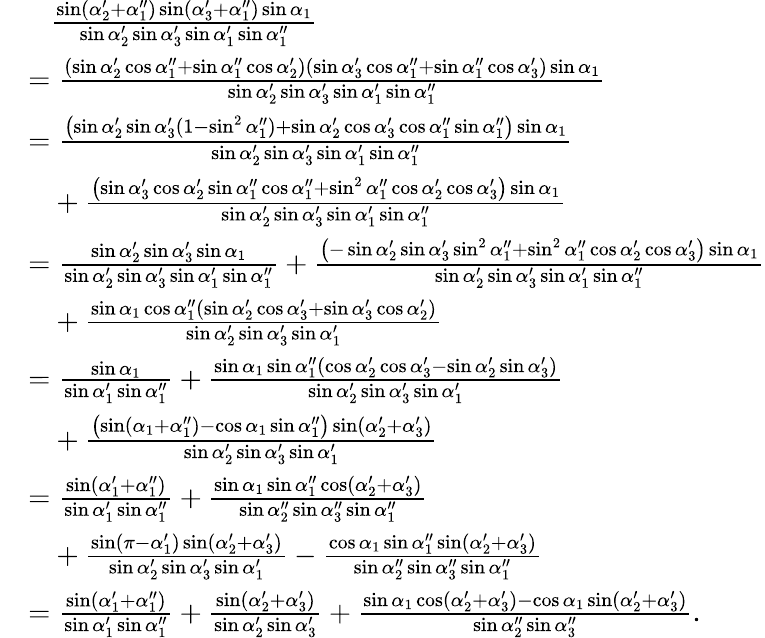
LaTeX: \begin{array}{rl}&{\phantom{=}\frac{\sin(\alpha_{2}^{\prime}+\alpha_{1}^{\prime\prime})\sin(\alpha_{3}^{\prime}+\alpha_{1}^{\prime\prime})\sin\alpha_{1}}{\sin\alpha_{2}^{\prime}\sin\alpha_{3}^{\prime}\sin\alpha_{1}^{\prime}\sin\alpha_{1}^{\prime\prime}}}\\ &{=\frac{(\sin\alpha_{2}^{\prime}\cos\alpha_{1}^{\prime\prime}+\sin\alpha_{1}^{\prime\prime}\cos\alpha_{2}^{\prime})(\sin\alpha_{3}^{\prime}\cos\alpha_{1}^{\prime\prime}+\sin\alpha_{1}^{\prime\prime}\cos\alpha_{3}^{\prime})\sin\alpha_{1}}{\sin\alpha_{2}^{\prime}\sin\alpha_{3}^{\prime}\sin\alpha_{1}^{\prime}\sin\alpha_{1}^{\prime\prime}}}\\ &{=\frac{\bigl(\sin\alpha_{2}^{\prime}\sin\alpha_{3}^{\prime}(1-\sin^{2}\alpha_{1}^{\prime\prime})+\sin\alpha_{2}^{\prime}\cos\alpha_{3}^{\prime}\cos\alpha_{1}^{\prime\prime}\sin\alpha_{1}^{\prime\prime}\bigr)\sin\alpha_{1}}{\sin\alpha_{2}^{\prime}\sin\alpha_{3}^{\prime}\sin\alpha_{1}^{\prime}\sin\alpha_{1}^{\prime\prime}}}\\ &{\phantom{=}+\frac{\bigl(\sin\alpha_{3}^{\prime}\cos\alpha_{2}^{\prime}\sin\alpha_{1}^{\prime\prime}\cos\alpha_{1}^{\prime\prime}+\sin^{2}\alpha_{1}^{\prime\prime}\cos\alpha_{2}^{\prime}\cos\alpha_{3}^{\prime}\bigr)\sin\alpha_{1}}{\sin\alpha_{2}^{\prime}\sin\alpha_{3}^{\prime}\sin\alpha_{1}^{\prime}\sin\alpha_{1}^{\prime\prime}}}\\ &{=\frac{\sin\alpha_{2}^{\prime}\sin\alpha_{3}^{\prime}\sin\alpha_{1}}{\sin\alpha_{2}^{\prime}\sin\alpha_{3}^{\prime}\sin\alpha_{1}^{\prime}\sin\alpha_{1}^{\prime\prime}}+\frac{\bigl(-\sin\alpha_{2}^{\prime}\sin\alpha_{3}^{\prime}\sin^{2}\alpha_{1}^{\prime\prime}+\sin^{2}\alpha_{1}^{\prime\prime}\cos\alpha_{2}^{\prime}\cos\alpha_{3}^{\prime}\bigr)\sin\alpha_{1}}{\sin\alpha_{2}^{\prime}\sin\alpha_{3}^{\prime}\sin\alpha_{1}^{\prime}\sin\alpha_{1}^{\prime\prime}}}\\ &{\phantom{=}+\frac{\sin\alpha_{1}\cos\alpha_{1}^{\prime\prime}(\sin\alpha_{2}^{\prime}\cos\alpha_{3}^{\prime}+\sin\alpha_{3}^{\prime}\cos\alpha_{2}^{\prime})}{\sin\alpha_{2}^{\prime}\sin\alpha_{3}^{\prime}\sin\alpha_{1}^{\prime}}}\\ &{=\frac{\sin\alpha_{1}}{\sin\alpha_{1}^{\prime}\sin\alpha_{1}^{\prime\prime}}+\frac{\sin\alpha_{1}\sin\alpha_{1}^{\prime\prime}(\cos\alpha_{2}^{\prime}\cos\alpha_{3}^{\prime}-\sin\alpha_{2}^{\prime}\sin\alpha_{3}^{\prime})}{\sin\alpha_{2}^{\prime}\sin\alpha_{3}^{\prime}\sin\alpha_{1}^{\prime}}}\\ &{\phantom{=}+\frac{\bigl(\sin(\alpha_{1}+\alpha_{1}^{\prime\prime})-\cos\alpha_{1}\sin\alpha_{1}^{\prime\prime}\bigr)\sin(\alpha_{2}^{\prime}+\alpha_{3}^{\prime})}{\sin\alpha_{2}^{\prime}\sin\alpha_{3}^{\prime}\sin\alpha_{1}^{\prime}}}\\ &{=\frac{\sin(\alpha_{1}^{\prime}+\alpha_{1}^{\prime\prime})}{\sin\alpha_{1}^{\prime}\sin\alpha_{1}^{\prime\prime}}+\frac{\sin\alpha_{1}\sin\alpha_{1}^{\prime\prime}\cos(\alpha_{2}^{\prime}+\alpha_{3}^{\prime})}{\sin\alpha_{2}^{\prime\prime}\sin\alpha_{3}^{\prime\prime}\sin\alpha_{1}^{\prime\prime}}}\\ &{\phantom{=}+\frac{\sin(\pi-\alpha_{1}^{\prime})\sin(\alpha_{2}^{\prime}+\alpha_{3}^{\prime})}{\sin\alpha_{2}^{\prime}\sin\alpha_{3}^{\prime}\sin\alpha_{1}^{\prime}}-\frac{\cos\alpha_{1}\sin\alpha_{1}^{\prime\prime}\sin(\alpha_{2}^{\prime}+\alpha_{3}^{\prime})}{\sin\alpha_{2}^{\prime\prime}\sin\alpha_{3}^{\prime\prime}\sin\alpha_{1}^{\prime\prime}}}\\ &{=\frac{\sin(\alpha_{1}^{\prime}+\alpha_{1}^{\prime\prime})}{\sin\alpha_{1}^{\prime}\sin\alpha_{1}^{\prime\prime}}+\frac{\sin(\alpha_{2}^{\prime}+\alpha_{3}^{\prime})}{\sin\alpha_{2}^{\prime}\sin\alpha_{3}^{\prime}}+\frac{\sin\alpha_{1}\cos(\alpha_{2}^{\prime}+\alpha_{3}^{\prime})-\cos\alpha_{1}\sin(\alpha_{2}^{\prime}+\alpha_{3}^{\prime})}{\sin\alpha_{2}^{\prime\prime}\sin\alpha_{3}^{\prime\prime}}.}\end{array}